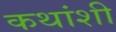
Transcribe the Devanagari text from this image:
कथांशी